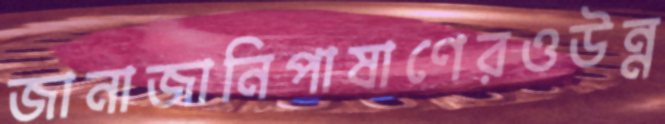
জানাজানিপাষাণেরওউন্ন